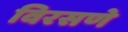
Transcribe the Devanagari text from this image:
विरसणे